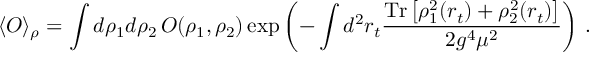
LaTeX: \langle O \rangle _ { \rho } = \int d \rho _ { 1 } d \rho _ { 2 } \, O ( \rho _ { 1 } , \rho _ { 2 } ) \exp \left( - \int d ^ { 2 } r _ { t } { \frac { \mathrm { T r } \left[ \rho _ { 1 } ^ { 2 } ( r _ { t } ) + \rho _ { 2 } ^ { 2 } ( r _ { t } ) \right] } { 2 g ^ { 4 } \mu ^ { 2 } } } \right) \, .